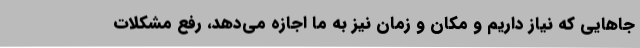
جاهایی که نیاز داریم و مکان و زمان نیز به ما اجازه می‌دهد، رفع مشکلات